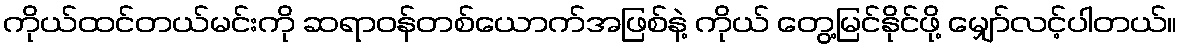
ကိုယ်ထင်တယ်မင်းကို ဆရာဝန်တစ်ယောက်အဖြစ်နဲ့ ကိုယ် တွေ့မြင်နိုင်ဖို့ မျှော်လင့်ပါတယ်။